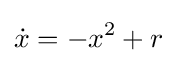
{\dot {x}}=-x^{2}+r